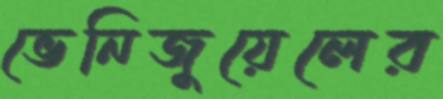
ভেনিজুয়েলের